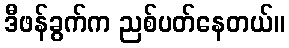
ဒီဖန်ခွက်က ညစ်ပတ်နေတယ်။